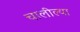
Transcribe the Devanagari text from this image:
चालील्या